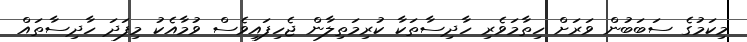
މިކަމުގެ ސަބަަބުން ވަރަށް ހިތާމަވެރި ހާދިސާތަކާ ކުރިމަތިލާން ޖެހިފައިވެސް ވުމާއެކު މިފަދަ ހާދިސާތައް